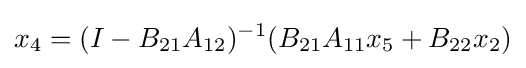
x_{4}=(I-B_{21}A_{12})^{-1}(B_{21}A_{11}x_{5}+B_{22}x_{2})